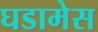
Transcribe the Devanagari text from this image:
घडामेस